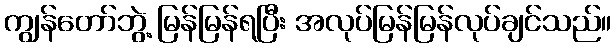
ကျွန်တော်ဘွဲ့ မြန်မြန်ရပြီး အလုပ်မြန်မြန်လုပ်ချင်သည်။